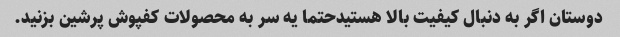
دوستان اگر به دنبال کیفیت بالا هستیدحتما یه سر به محصولات کفپوش پرشین بزنید.